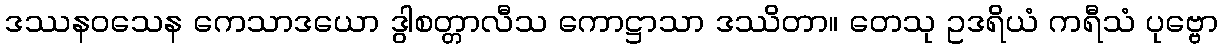
ဒဿနဝသေန ကေသာဒယော ဒွါစတ္တာလီသ ကောဋ္ဌာသာ ဒဿိတာ။ တေသု ဥဒရိယံ ကရီသံ ပုဗ္ဗော